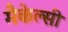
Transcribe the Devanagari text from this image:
मैकेल्सी